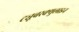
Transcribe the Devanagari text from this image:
ट्यूबरक्युलाइन